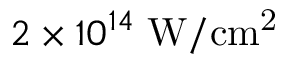
2 \times 1 0 ^ { 1 4 } \; \mathrm { W / c m ^ { 2 } }